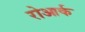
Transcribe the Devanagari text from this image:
रोआर्क